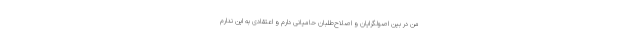
من در بین اصولگرایان و اصلاح‌طلبان حامیانی دارم و اعتقادی به این ندارم